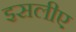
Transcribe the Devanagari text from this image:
इसलीए